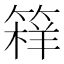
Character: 𱸖